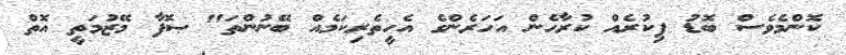
ކޮންމެވެސް ބޮޑު ފިކުރެއް ކުރާހެން އަހަރެންގެ އެހީތެރިކަމެއް ބޭނުންތަ" ޞޮފާ މޭޒުމަތީ އޮތް